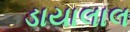
ડાયાલાલ